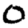
Digit: 0